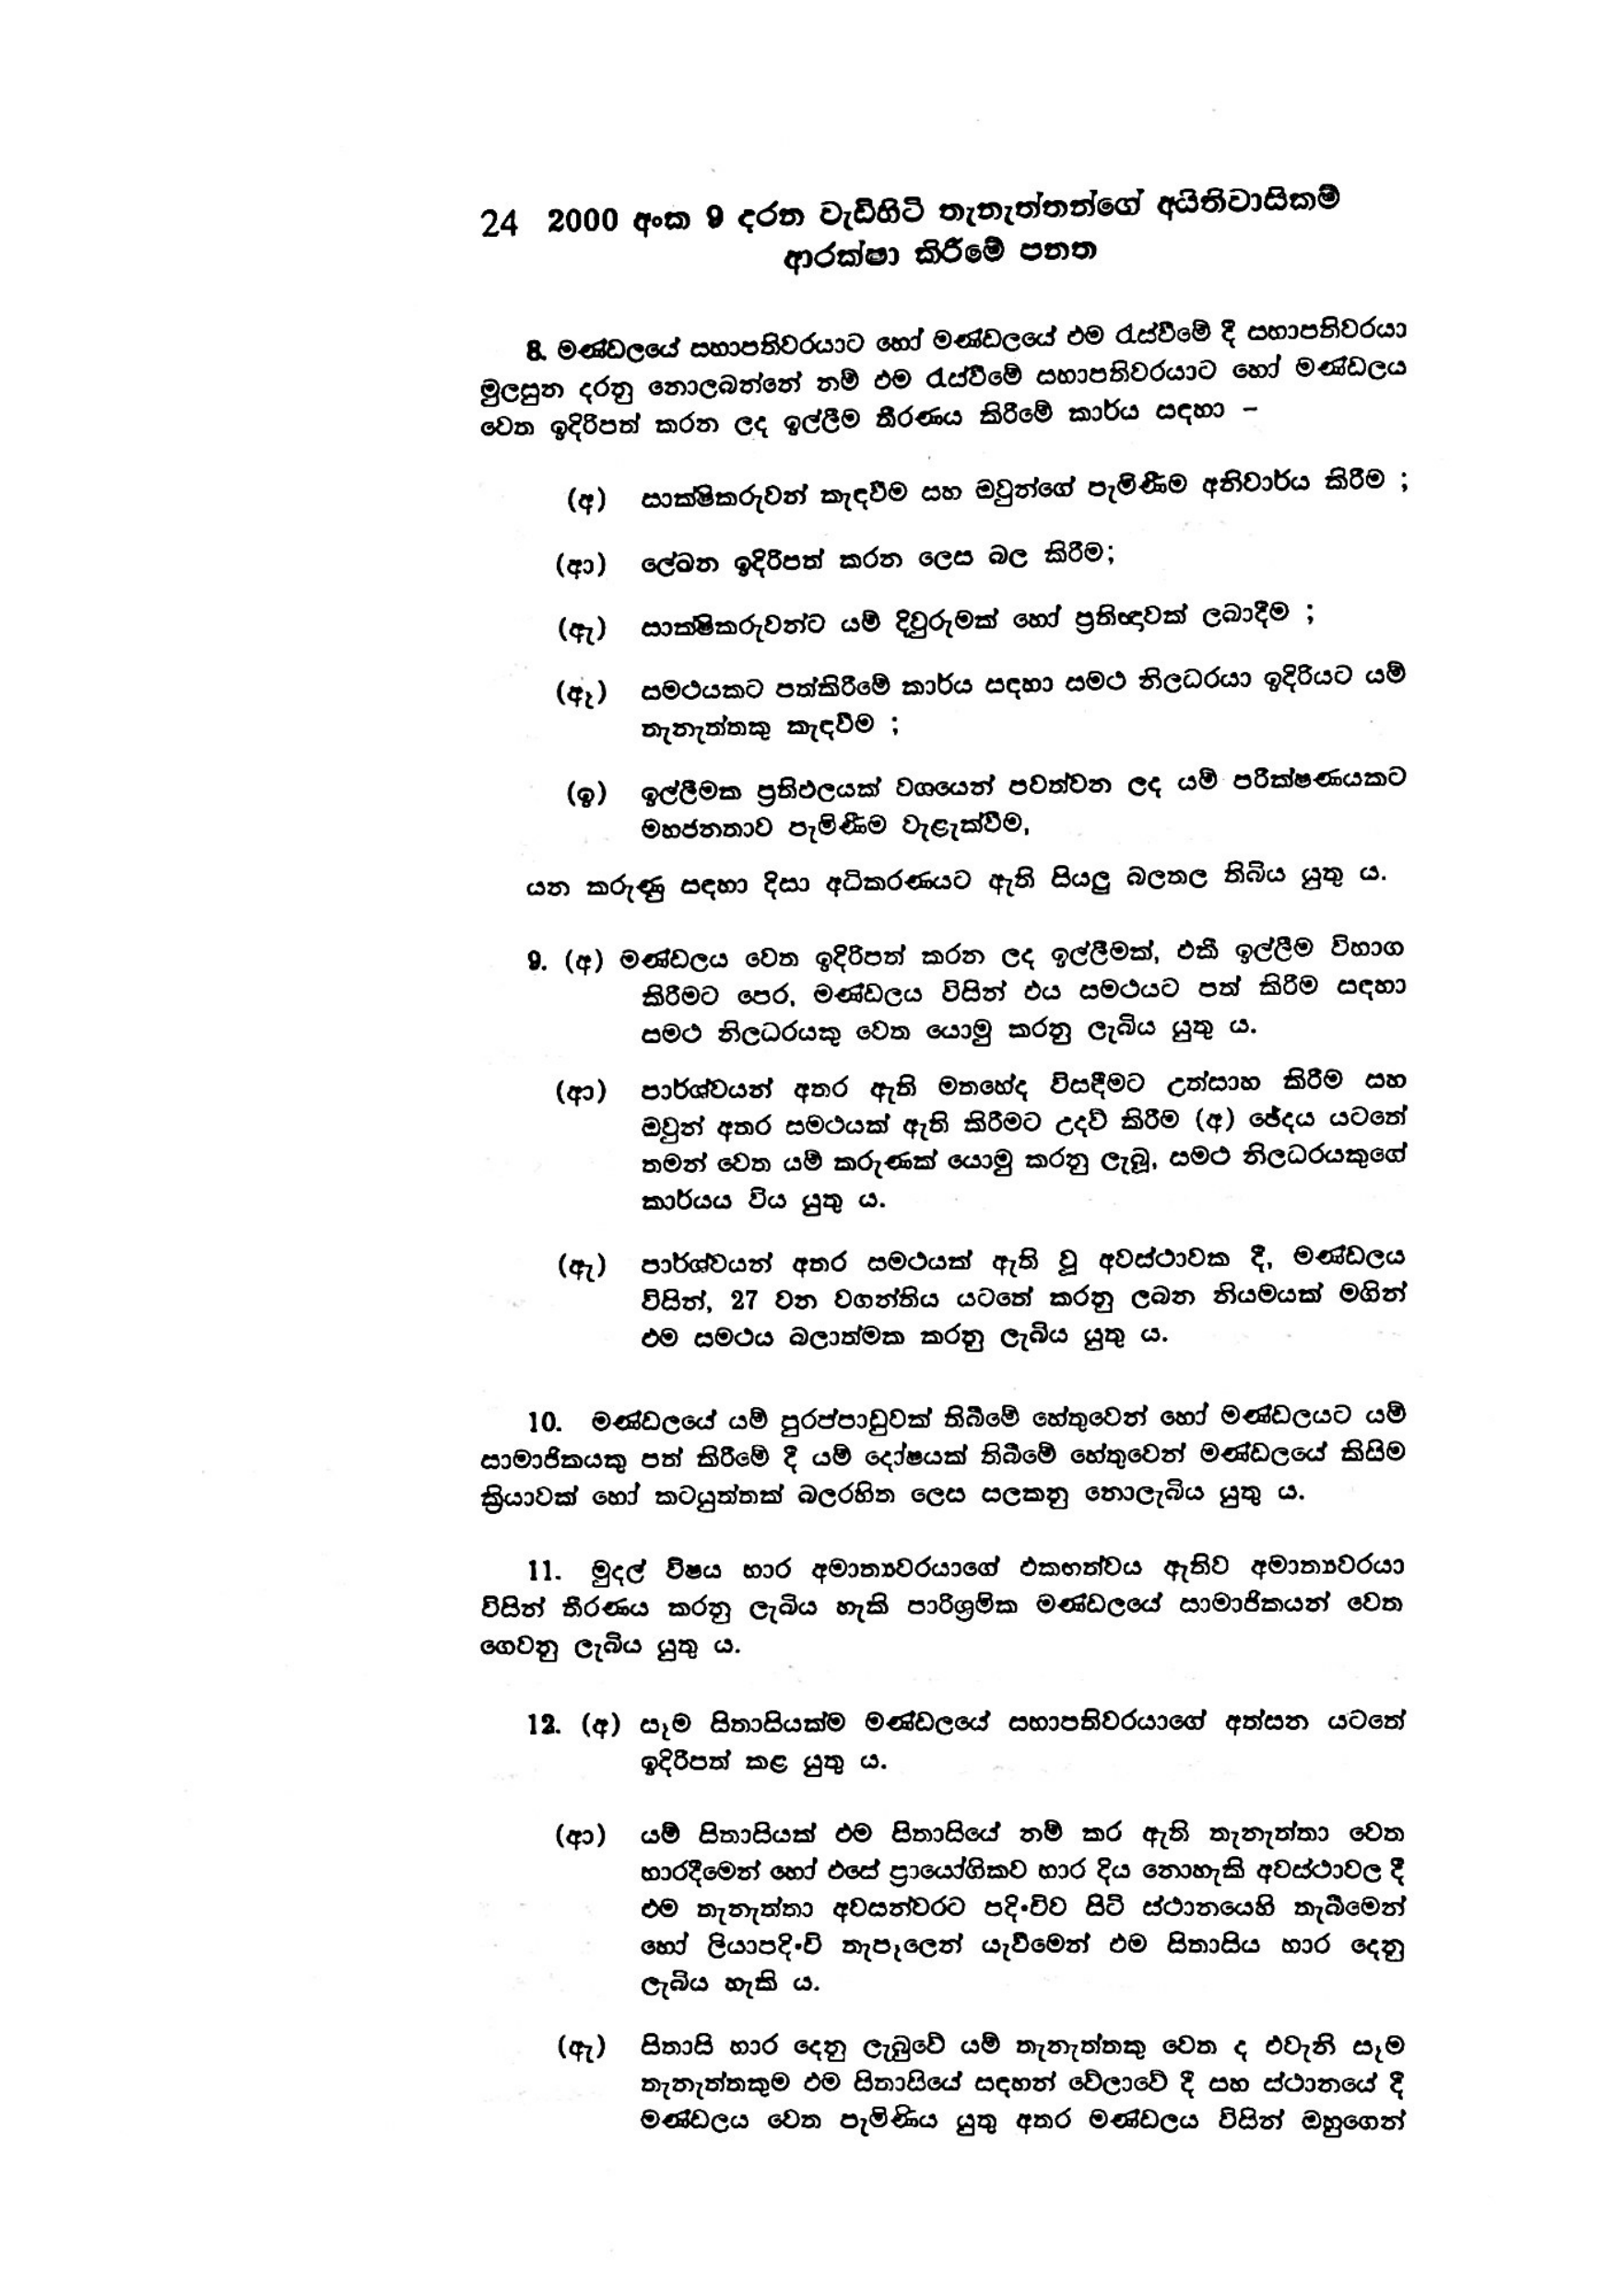
24  2000 අංක 9 දරන වැඩිහිටි තැනැත්තන්ගේ අයිතිවාසිකම්
ආරක්ෂා කිරීමේ පනත

8. මණ්ඩලයේ සභාපතිවරයාට හෝ මණ්ඩලයේ එම රැස්වීමේ දී සභාපතිවරයා
මුලසුන දරනු නොලබන්නේ නම් එම රැස්වීමේ සභාපතිවරයාට හෝ මණ්ඩලය
වෙත ඉදිරිපත් කරන ලද ඉල්ලීම තීරණය කිරීමේ කාර්ය සඳහා -

(අ) සාක්ෂිකරුවන් කැඳවීම සහ ඔවුන්ගේ පැමිණීම අනිවාර්ය කිරීම ;

(ආ) ලේඛන ඉදිරිපත් කරන ලෙස බල කිරීම;

(ඇ) සාක්ෂිකරුවන්ට යම් දිවුරුමක් හෝ ප්‍රතිඥාවක් ලබාදීම ;

(ඈ) සමථයකට පත්කිරීමේ කාර්ය සඳහා සමථ නිලධරයා ඉදිරියට යම්
තැනැත්තකු කැඳවීම ;

(ඉ) ඉල්ලීමක ප්‍රතිඵලයක් වශයෙන් පවත්වන ලද යම් පරීක්ෂණයකට
මහජනතාව පැමිණීම වැළැක්වීම,

යන කරුණු සඳහා දිසා අධිකරණයට ඇති සියලු බලතල තිබිය යුතු ය.

9. (අ) මණ්ඩලය වෙත ඉදිරිපත් කරන ලද ඉල්ලීමක්, එකී ඉල්ලීම විභාග
කිරීමට පෙර, මණ්ඩලය විසින් එය සමථයට පත් කිරීම සඳහා
සමථ නිලධරයකු වෙත යොමු කරනු ලැබිය යුතු ය.

(ආ) පාර්ශ්වයන් අතර ඇති මතහේද විසඳීමට උත්සාහ කිරීම සහ
ඔවුන් අතර සමථයක් ඇති කිරීමට උදව් කිරීම (අ) ඡේදය යටතේ
තමන් වෙත යම් කරුණක් යොමු කරනු ලැබූ, සමථ නිලධරයකුගේ
කාර්යය විය යුතු ය.

(ඇ) පාර්ශ්වයන් අතර සමථයක් ඇති වූ අවස්ථාවක දී, මණ්ඩලය
විසිත්, 27 වන වගන්තිය යටතේ කරනු ලබන නියමයක් මගින්
එම සමථය බලාත්මක කරනු ලැබිය යුතු ය.

10. මණ්ඩලයේ යම් පුරප්පාඩුවක් තිබීමේ හේතුවෙන් හෝ මණ්ඩලයට යම්
සාමාජිකයෙකු පත් කිරීමේ දී යම් දෝෂයක් තිබීමේ හේතුවෙන් මණ්ඩලයේ කිසිම
ක්‍රියාවක් හෝ කටයුත්තක් බල රහිත ලෙස සලකනු නොලැබිය යුතු ය.

11. මුදල් විෂය භාර අමාත්‍යවරයාගේ එකඟත්වය ඇතිව අමාත්‍යවරයා
විසින් තීරණය කරනු ලැබිය හැකි පාරිශ්‍රමික මණ්ඩලයේ සාමාජිකයන් වෙත
ගෙවනු ලැබිය යුතුය.

12. (අ) සෑම සිතාසියක්ම මණ්ඩලයේ සභාපතිවරයාගේ අත්සන යටතේ
ඉදිරිපත් කළ යුතුය.

(ආ) යම් සිතාසියක් එම සිතාසියේ නම් කර ඇති තැනැත්තා වෙත
භාරදීමෙන් හෝ එසේ ප්‍රායෝගිකව භාර දිය නොහැකි අවස්ථාවල දී
එම තැනැත්තා අවසන් වරට පදිංචිව සිටි ස්ථානයෙහි තැබීමෙන්
හෝ ලියාපදිංචි තැපෑලෙන් යැවීමෙන් එම සිතාසිය භාර දෙනු
ලැබිය හැකි ය.

(ඇ) සිතාසි භාර දෙනු ලැබුවේ යම් තැනැත්තකු වෙත ද එවැනි සෑම
තැනැත්තකුම එම සිතාසියේ සඳහන් වේලාවේ දී සහ ස්ථානයේ දී
මණ්ඩලය වෙත පැමිණිය යුතු අතර මණ්ඩලය විසින් ඔහුගෙන්